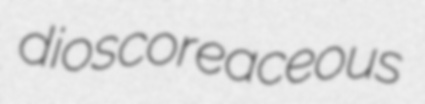
dioscoreaceous